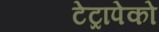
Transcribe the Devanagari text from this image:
टेट्रापेको